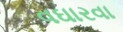
વઘારવા